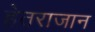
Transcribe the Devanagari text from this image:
हेतराजान